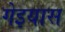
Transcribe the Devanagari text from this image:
गेइयास